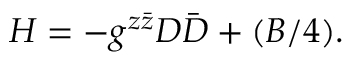
H = - g ^ { z \bar { z } } D \bar { D } + ( B / 4 ) .